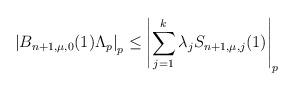
LaTeX: \begin{align*} \left|B_{n+1,\mu,0}(1)\Lambda_p\right|_p \leq \left|\sum_{j=1}^k \lambda_jS_{n+1,\mu,j}(1)\right|_p \end{align*}